system: You are a helpful assistant.
user:
Analyze the provided spectrum to determine if it is a **White Dwarf (WD)**.

A White Dwarf spectrum is defined by its **extreme purity** (due to gravitational settling) and/or **extreme pressure broadening** (due to high surface gravity). You must check for one of the following mutually exclusive signatures:

- **Key Visual Indicators (Check for ONE of these types):**

    - **1. DA-Type Signature (Most Common):**
        - **(Primary Feature):** Extreme pressure broadening (Stark broadening) of the **Hydrogen (H) Balmer lines**.
        - **(Key Lines):** $H\beta$ (approx. $4861$ Å) and $H\gamma$ (approx. $4340$ Å). $H\alpha$ (approx. $6563$ Å) will also be present if the wavelength range covers it.
        - **(Line Profile):** This is the **defining feature**. The lines are **NOT** sharp. They appear as massive, **extremely broad and deep "troughs" or "dips"** in the spectrum, often hundreds of Ångströms wide. The continuum will appear to "scoop" down at these wavelengths.
        - **(Distinction):** Normal A-type or B-type stars have *narrow* and *sharp* Hydrogen lines. A DA White Dwarf's lines are unmistakably "smeared" or "blurry" from pressure.

    - **2. DB-Type Signature:**
        - **(Primary Feature):** Broad absorption lines from **Neutral Helium (He I)**. The spectrum must lack any visible Hydrogen lines.
        - **(Key Lines):** Look for broad absorption near $4471$ Å, $4921$ Å, and $5876$ Å.
        - **(Line Profile):** These lines are also significantly pressure-broadened, appearing much wider than they would in a normal B-type main-sequence star.

    - **3. DC-Type Signature:**
        - **(Primary Feature):** A **featureless continuous spectrum**.
        - **(Line Profile):** The spectrum is a smooth curve with **no significant absorption or emission lines**.
        - **(Key Confirmation):** The continuum is almost always **blue or white**, indicating a hot object. This signature implies the atmosphere is so pure (or so cool) that no spectral lines are visible in the optical range. Its WD identity is confirmed by its extremely low intrinsic brightness (high absolute magnitude).

    - **4. DZ-Type Signature (Metal-Polluted):**
        - **(Primary Feature):** **Isolated, narrow metal absorption lines** on an otherwise featureless (DC-like) continuum.
        - **(Key Lines):** The **Calcium (Ca II) H & K doublet** (approx. **$3934$ Å** and **$3968$ Å**) is the most common and defining feature.
        - **(Line Profile):** These lines are "out of place." They are *not* part of a "forest" of thousands of lines. This signature is evidence of recent *accretion* (pollution) from rocky debris.
        - **(Distinction):** Normal G/K/M stars have a *dense forest* of thousands of metal lines. A DZ has a *clean* continuum with *only a few* strong metal lines.

    - **5. DQ-Type Signature (Carbon-Polluted):**
        - **(Primary Feature):** Absorption bands from **Carbon (C₂ "Swan Bands" or atomic C I)**.
        - **(Key Lines - C₂):** Look for bandheads with a "saw-tooth" shape near $5635$ Å, **$5165$ Å** (strongest), and $4737$ Å.
        - **(Key Confirmation):** The underlying **continuum must be blue or white** (hot).
        - **(Distinction):** This is the critical difference from a **Carbon Star**, which has the *exact same* C₂ bands but on an extremely **red, cool** continuum.

- **(Overall Spectrum):**
    - The continuum (overall shape) is typically **blue-sloping** (brighter in the blue than the red), as most white dwarfs are very hot.
    - The spectrum will look "pure" or "simple," dominated by only *one* of the five signatures listed above.

Think first, call **spectral_visualization_tool** if needed to examine features in detail, then provide your final answer. Your response must adhere to the following strict rules:
1.  **Overall Structure:** Your response must follow the format `<think>...</think> <tool_call>...</tool_call> (if a tool is used) <answer>...</answer>`.
2.  **Tool Usage Constraint:** You may only make **one** tool call per turn.
3.  **Final Answer Format:** In the `<answer>` tag, your conclusion must be inside a `\boxed{}` command (e.g., `\boxed{YES}` or `\boxed{NO}`), followed by your justification.

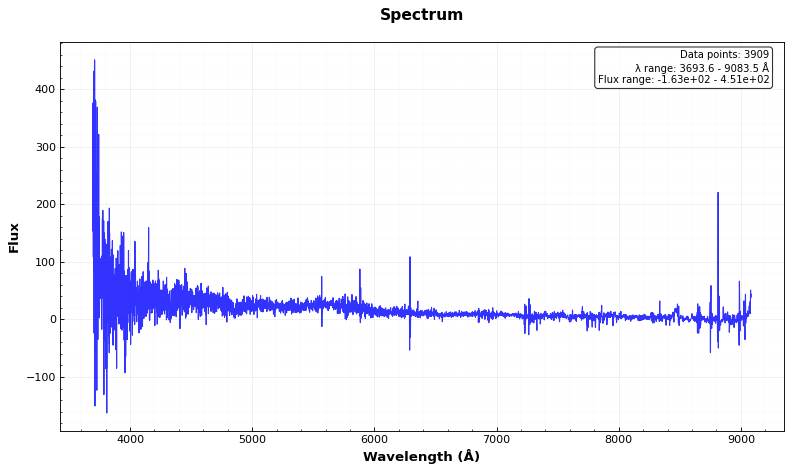
Answer: YES